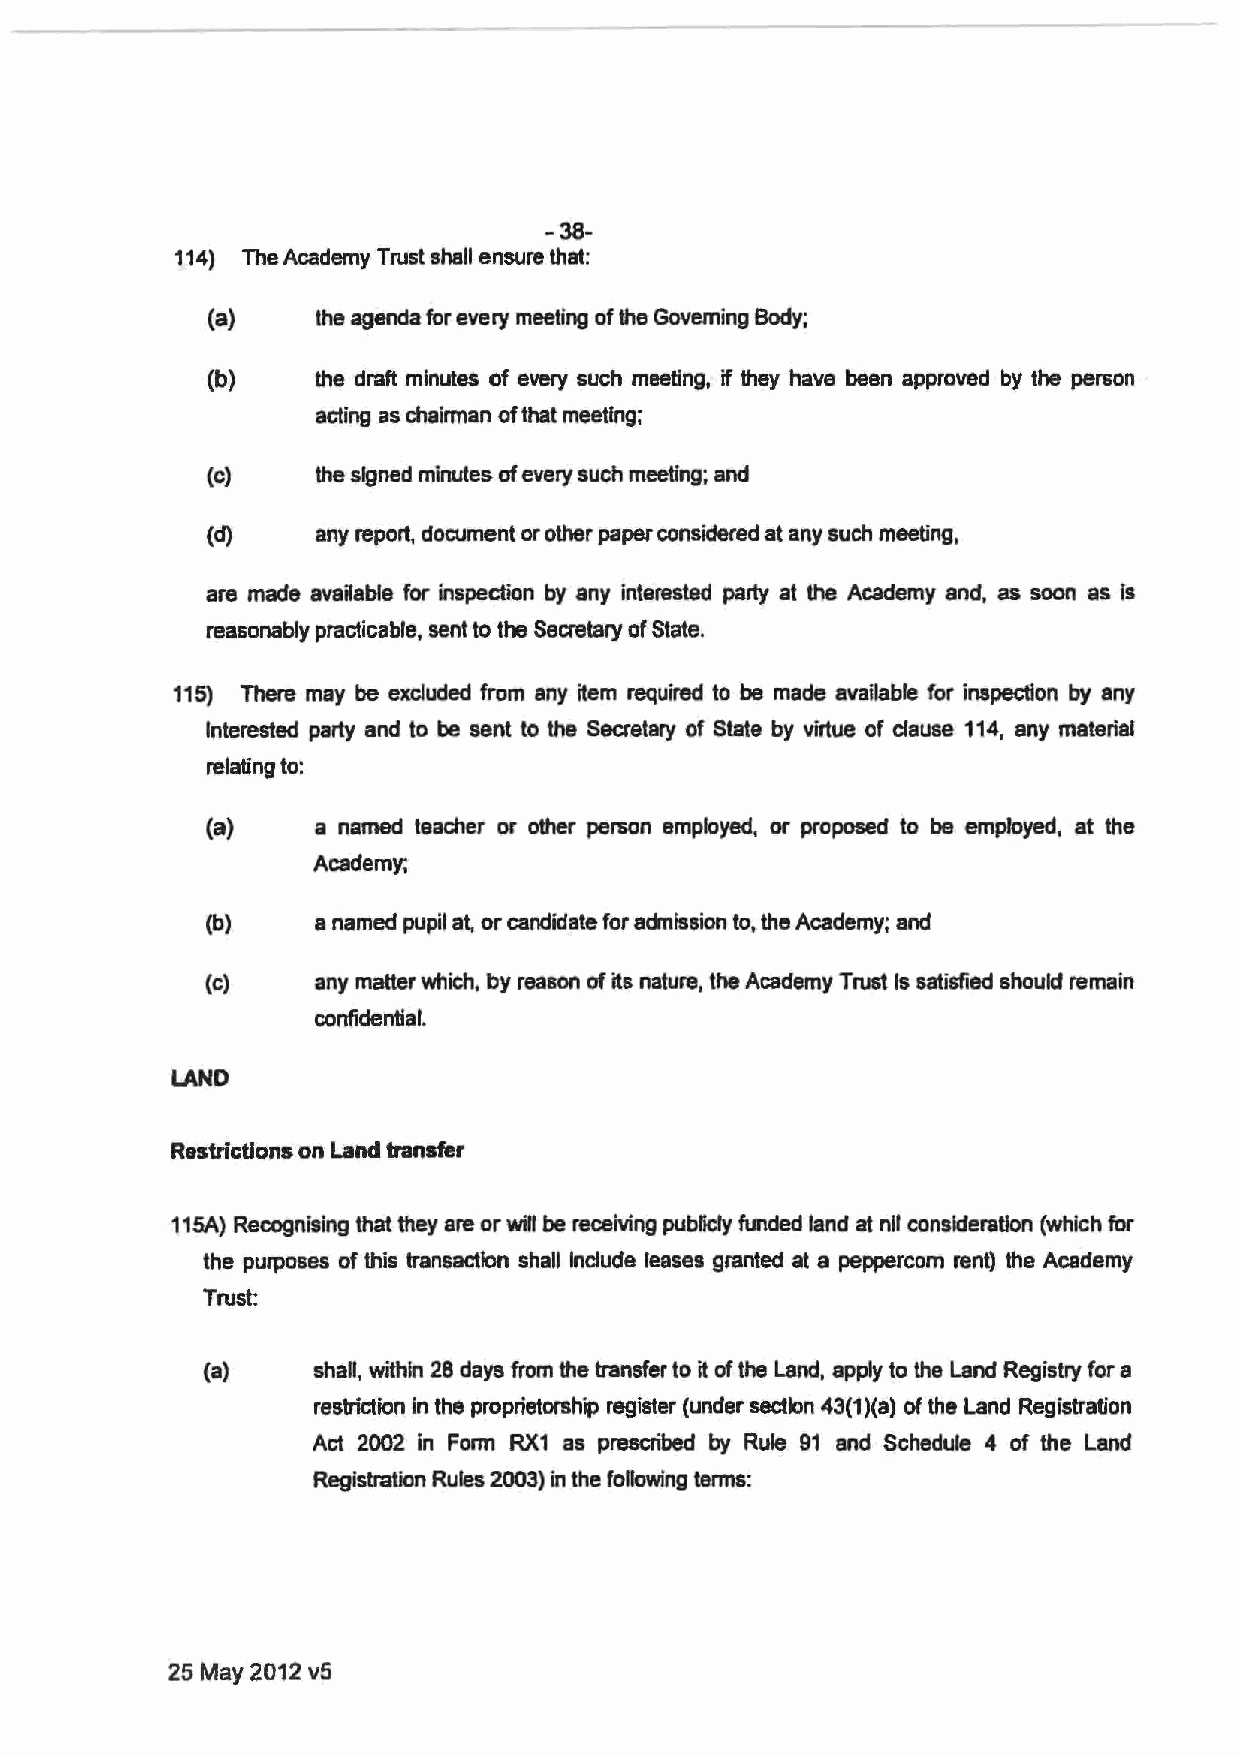
-38-
 114) The Academy Trust shall ensure that:
 (a)    the agenda for every meeting of the Governing Body;
 (b)    the draft minutes of every such meeting, if they have been approved by the person
 acting as chairman of that meeting;
 (c)    the signed minutes of every such meeting; and
 (d)    any report, document or other paper considered at any such meeting,
 are made available for inspection by any interested party at the Academy and, as soon as is
 reasonably practicable, sent to the Seaetary of State.
 115) There may be excluded from any item required to be made available for inspection by any
 Interested party and to be sent to the Secretary of State by virtue of clause 114, any material
 relating to:
 (a)    a named teacher or other person employed, or proposed to be employed, at the
 Academy;
 (b)    a named pupil at, or candidate for admission to, the Academy; and
 (c)    any matter which, by reason of its nature, the Academy Trust Is satisfied should remain
 confidential.
 LAND
 Restrictions on Land transfer
 115A) Recognising that they are or will be receiving publicly funded land at nil consideration (which for
 the purposes of this transaction shall Include leases granted at a peppercorn rent) the Academy
 Trust:
 (a)    shall, within 28 days from the transfer to it of the Land, apply to the Land Registry for a
 restriction in the proprietorship register (under section 43(1 )(a) of the land Registration
 Act 2002 in Fonn RX1 as prescribed by Rule 91 and Schedule 4 of the Land
 Registration Rules 2003) in the following terms:
 25 May 2012 v5